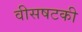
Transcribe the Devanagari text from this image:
वीसषटकी